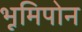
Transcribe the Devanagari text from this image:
भूमिपोन